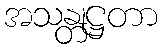
အသန္တုဋ္ဌတာ